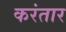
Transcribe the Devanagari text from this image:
करंतार